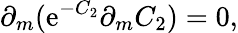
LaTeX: \partial_{m}(\mathrm{e}^{-C_{2}}\partial_{m}C_{2})=0,